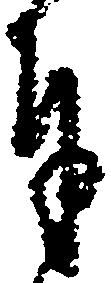
奉